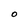
Character: 0